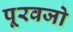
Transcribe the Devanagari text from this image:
पूरवजो